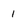
Character: 1